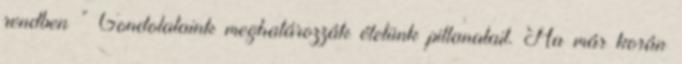
rendben ” Gondolataink meghatározzák életünk pillanatait. Ha már korán